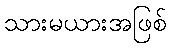
သားမယားအဖြစ်